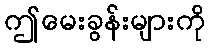
ဤမေးခွန်းများကို